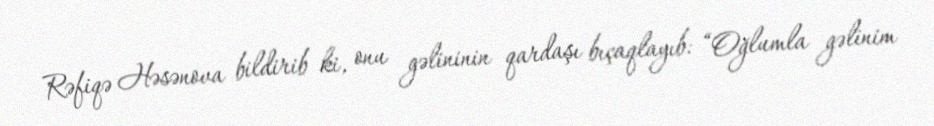
Rəfiqə Həsənova bildirib ki, onu gəlininin qardaşı bıçaqlayıb: “Oğlumla gəlinim